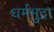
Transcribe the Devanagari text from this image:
धर्ममुद्रा